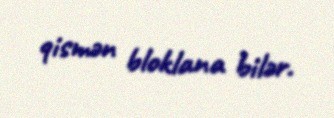
qismən bloklana bilər.